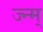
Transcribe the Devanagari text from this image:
ज्न्म्